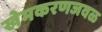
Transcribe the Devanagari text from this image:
खेमकरणजवळ